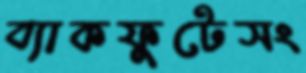
ব্যাকফুটেসং